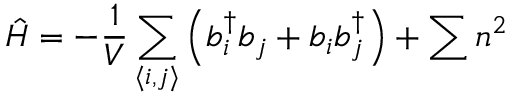
\hat { H } = - \frac { 1 } { V } \sum _ { \langle i , j \rangle } \left( b _ { i } ^ { \dagger } b _ { j } + b _ { i } b _ { j } ^ { \dagger } \right) + \sum _ { \hexagon } n _ { \hexagon } ^ { 2 }